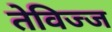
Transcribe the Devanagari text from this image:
तेविज्ज